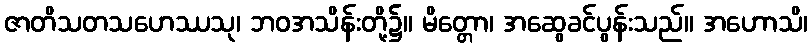
ဇာတိသတသဟေဿသု၊ ဘဝအသိန်းတို့၌။ မိတ္တော၊ အဆွေခင်ပွန်းသည်။ အဟောသိ၊